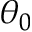
\theta _ { 0 }